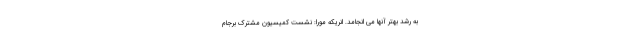
به رشد بهتر آنها می انجامد. انریکه مورا: نشست کمیسیون مشترک برجام